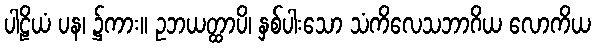
ပါဠိယံ ပန၊ ၌ကား။ ဥဘယတ္ထာပိ၊ နှစ်ပါးသော သံကိလေသဘာဂိယ လောကိယ